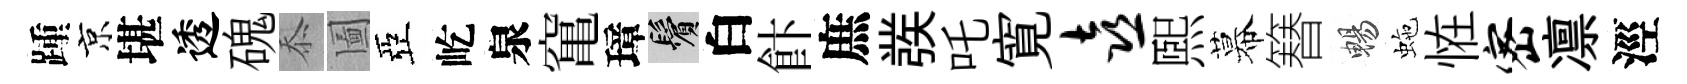
踵京堪透磈忝圗亞屹泉𥧄璋鬢白飰庶彂吒寛喜煕幕簮暢虵恠密凛涇